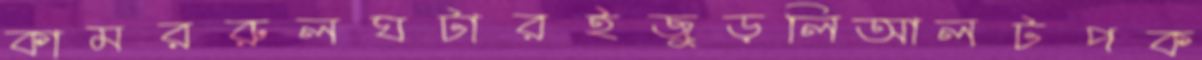
কামররুলঘটারইজুড়লিআলটপক